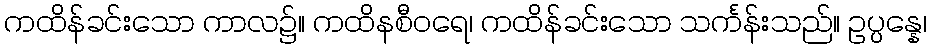
ကထိန်ခင်းသော ကာလ၌။ ကထိနစီဝရေ၊ ကထိန်ခင်းသော သင်္ကန်းသည်။ ဥပ္ပန္နေ၊